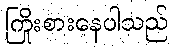
ကြိုးစားနေပါသည်